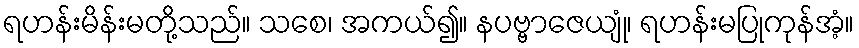
ရဟန်းမိန်းမတို့သည်။ သစေ၊ အကယ်၍။ နပဗ္ဗာဇေယျုံ၊ ရဟန်းမပြုကုန်အံ့။